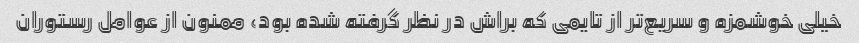
خیلی خوشمزه و سریع‌تر از تایمی که براش در نظر گرفته شده بود، ممنون از عوامل رستوران